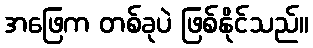
အဖြေက တစ်ခုပဲ ဖြစ်နိုင်သည်။